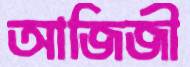
আজিজী